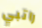
راتبي